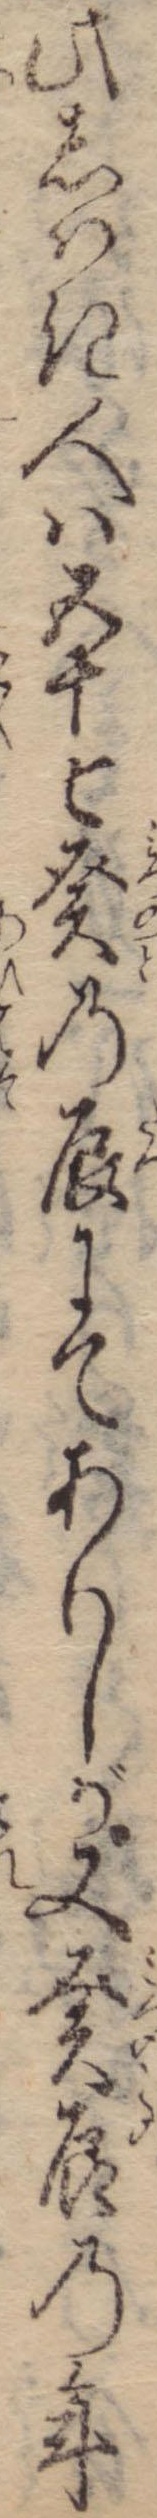
此しはき人は五十七癸の辰にてありしが又癸辰の年